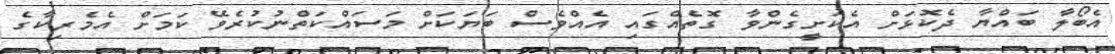
އެބޯލާ ބައްޔާ ދެކޮޅަށް އެކަށީގެންވާ ގޮތެއްގައި އެއްވެސް ބަޔަކަށް މަސައްކަތްނުކުރެވޭ ކަމަށް އެމެރިކާގެ